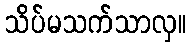
သိပ်မသက်သာလှ။